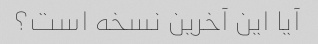
آیا این آخرین نسخه است؟